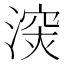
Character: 㴱